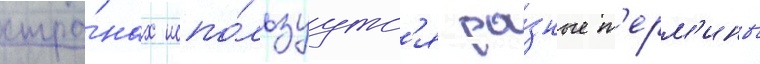
стра́нах испо́льзуутс'я ра́зные т'ерм'ины